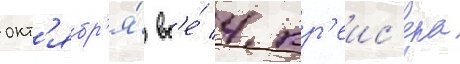
окт'ябр'я́ вс'е́ 4 кр'еис'ера